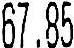
67.85